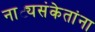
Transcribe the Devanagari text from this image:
नाट्यसंकेतांना